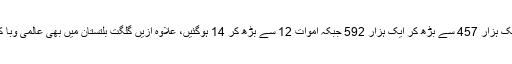
نئے اضافے کے بعد اسلام آباد میں کورونا متاثرین کی تعداد ایک ہزار 457 سے بڑھ کر ایک ہزار 592 جبکہ اموات 12 سے بڑھ کر 14 ہوگئیں، علاوہ ازیں گلگت بلتستان میں بھی عالمی وبا کے کیسز کی شرح ہر گزرتے دن کے ساتھ بڑھتی جارہی ہے۔